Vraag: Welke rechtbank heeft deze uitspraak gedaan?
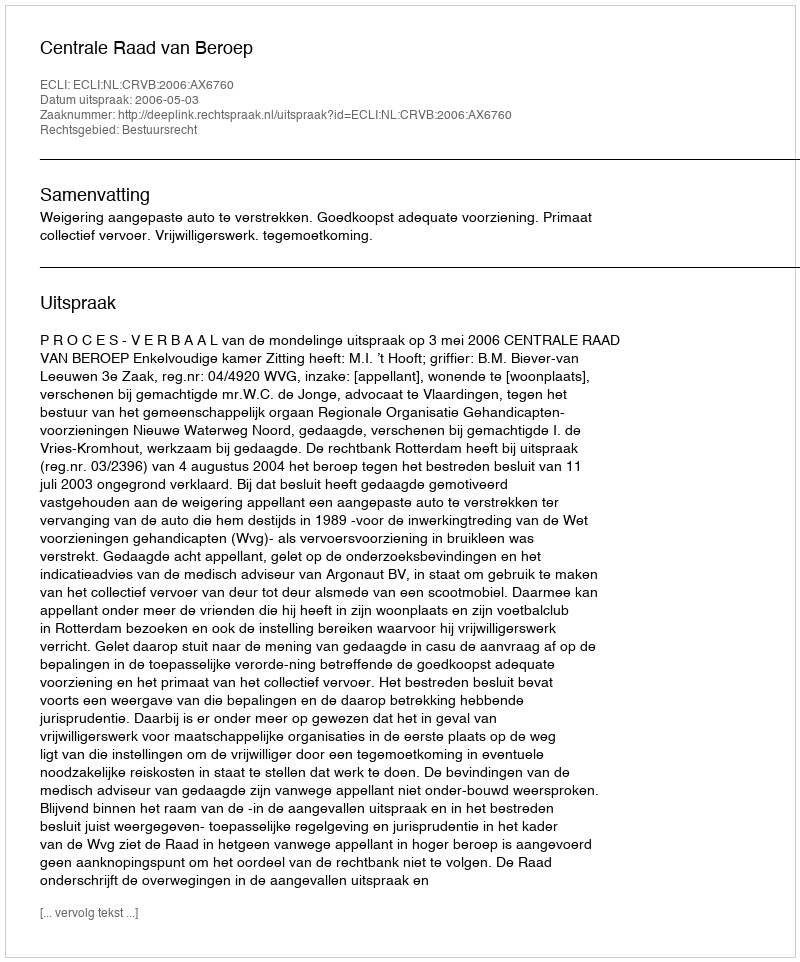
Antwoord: Centrale Raad van Beroep